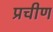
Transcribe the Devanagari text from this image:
प्रचीण